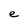
Character: e